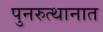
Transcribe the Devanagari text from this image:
पुनरुत्थानात